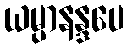
ယမ္ပာနန္ဒပေ